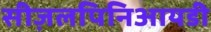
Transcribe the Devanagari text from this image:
सीज़लपिनिआयडी